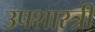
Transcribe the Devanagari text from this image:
उपशास्त्री